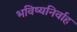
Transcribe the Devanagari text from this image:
भविष्यनिर्वाह